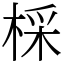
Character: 棌